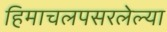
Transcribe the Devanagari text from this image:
हिमाचलपसरलेल्या